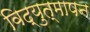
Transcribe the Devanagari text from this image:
विद्युत्‌मापन